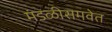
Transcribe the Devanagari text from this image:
मंडळीसमवेत